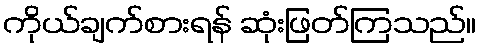
ကိုယ်ချက်စားရန် ဆုံးဖြတ်ကြသည်။